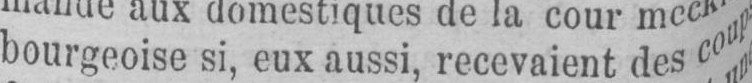
bourgeoise si, eux aussi, recevaient des coup